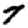
Digit: 7